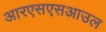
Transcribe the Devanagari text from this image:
आरएसएसआउल